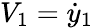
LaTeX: V_{1}=\dot{y}_{1}